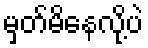
မှတ်မိနေလို့ပဲ